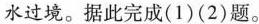
水过境。据此完成(1)(2)题。